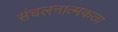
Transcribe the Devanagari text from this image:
संचलनात्मकता